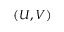
( U , V )